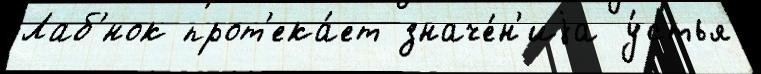
Лаб'́нок прот'ека́ет значе́н'иjа у́стья